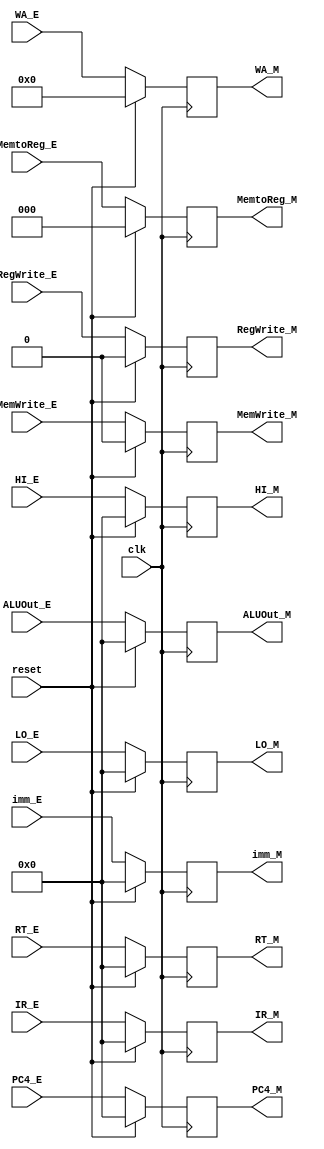
`timescale 1ns / 1ps
//////////////////////////////////////////////////////////////////////////////////
module M_pipe_reg(
    input clk,
    input reset,
    input [31:0] PC4_E,
	 input [31:0] IR_E,
    input [31:0] RT_E,
	 input [31:0] ALUOut_E,
	 input [31:0] imm_E,
	 input [4:0] WA_E,
	 input [31:0] HI_E,
	 input [31:0] LO_E,
	 
	 input MemWrite_E,
	 input RegWrite_E,
	 input [2:0] MemtoReg_E,
	 
	 output reg [31:0] PC4_M,
	 output reg [31:0] IR_M,
	 output reg [31:0] RT_M,
	 output reg [31:0] ALUOut_M,
	 output reg [31:0] imm_M,
	 output reg [4:0] WA_M,
	 output reg [31:0] HI_M,
	 output reg [31:0] LO_M,
	 
	 output reg MemWrite_M,
	 output reg RegWrite_M,
	 output reg [2:0] MemtoReg_M
    );
	 
	 initial
	 begin
			 PC4_M=32'h00003000;
			 IR_M=0;
			 RT_M=0;
			 ALUOut_M=0;
			 imm_M=0;
			 WA_M=0;
			 HI_M=0;
			 LO_M=0;
			 
			 MemWrite_M=0;
	       RegWrite_M=0;
	       MemtoReg_M=0;
		 end
	 
	 always @(posedge clk)
	 begin
	    if(reset==1)
		 begin
			 PC4_M=0;
			 IR_M=0;
			 RT_M=0;
			 ALUOut_M=0;
			 imm_M=0;
			 WA_M=0;
			 HI_M=0;
			 LO_M=0;
			 
			 MemWrite_M=0;
	       RegWrite_M=0;
	       MemtoReg_M=0;
		 end
		 
		 else
		 begin
			 PC4_M=PC4_E;
			 IR_M=IR_E;
			 RT_M=RT_E;
			 ALUOut_M=ALUOut_E;
			 imm_M=imm_E;
			 WA_M=WA_E;
			 HI_M=HI_E;
			 LO_M=LO_E;
			 
			 MemWrite_M=MemWrite_E;
	       RegWrite_M=RegWrite_E;
	       MemtoReg_M=MemtoReg_E;
		 end
	 end

endmodule